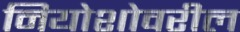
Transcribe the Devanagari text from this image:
नियोशोवरील